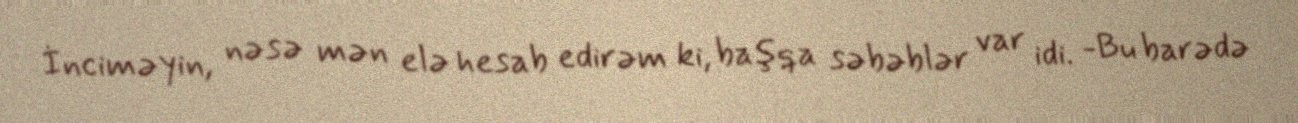
İnciməyin, nəsə mən elə hesab edirəm ki, başqa səbəblər var idi. -Bu barədə